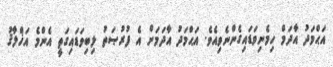
އަޙްމަދު އާދަމް ހިމެނިވަޑައިގެންނެވިއެވެ. އަޙްމަދު އާދަމަށް އެ ފުރުޞަތު ލިބިވަޑައިގަތީ އެންމެ އަޚްލާޤު